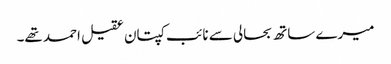
میرے ساتھ بحالی سے نائب کپتان عقیل احمد تھے۔